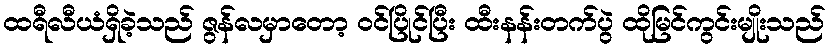
ထရီလီယံရှိခဲ့သည် ဇွန်လမှာတော့ ဝင်ပြိုင်ပြီး ထီးနန်းတက်ပွဲ ထိုမြင်ကွင်းမျိုးသည်